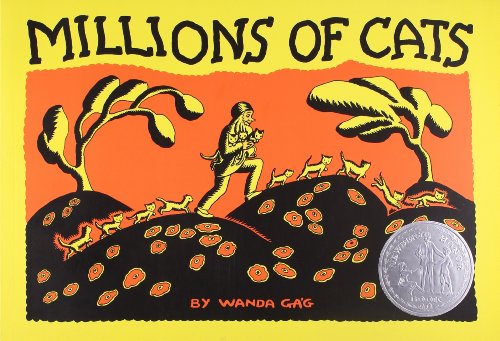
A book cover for Millions of Cats (Gift Edition) (Picture Puffin Books); Wanda Gag; Children's Books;